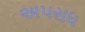
અ૫રાધ